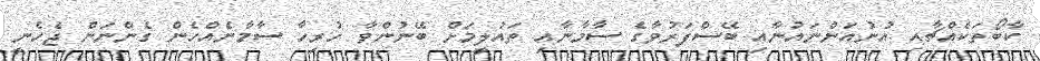
ކާބޯތަކެއްޗާއި އުނުއަންނައުނާއި ބޭސްފަރުވާގެ ސާމާނާއި ތައުލީމަށް ބޭނުންވާ ހުރިހާ ސާމާނެއްހެން ގެންނަން ޖެހެނީ